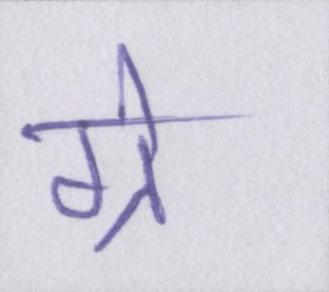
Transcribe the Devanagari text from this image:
ग्रे